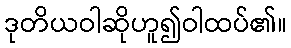
ဒုတိယဝါဆိုဟူ၍ဝါထပ်၏။